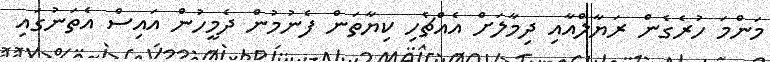
މަންމަ ހުރެގެން ރަޔާލްއާއި ދިމާލަށް އެއްޗެހި ކިޔާތަން ފެނުމުން ދެމީހުން އައިސް އެތަނުގައި